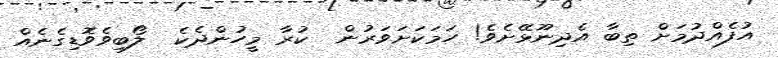
އުފެއްދުމަށް ތިބާ އެދިނޫޅޭށެވެ! ހަމަކަށަވަރުން  ކުރާ މީހުންދެކެ  ލޯބިވެވޮޑިގެނެއް